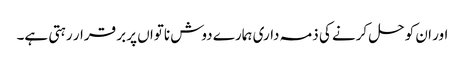
اور ان کو حل کرنے کی ذمہ داری ہمارے دوش ناتواں پر بر قرار رہتی ہے۔